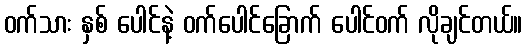
ဝက်သား နှစ် ပေါင်နဲ့ ဝက်ပေါင်ခြောက် ပေါင်ဝက် လိုချင်တယ်။